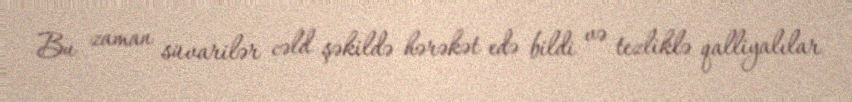
Bu zaman süvarilər cəld şəkildə hərəkət edə bildi və tezliklə qalliyalılar